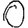
Digit: 0